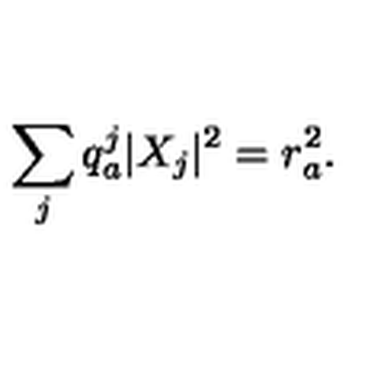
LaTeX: \sum _ { j } q _ { a } ^ { j } | X _ { j } | ^ { 2 } = r _ { a } ^ { 2 } .